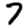
Digit: 7